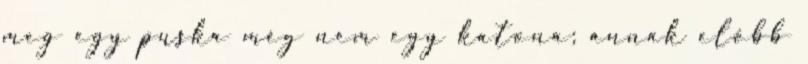
meg egy puska még nem egy katona; annak előbb